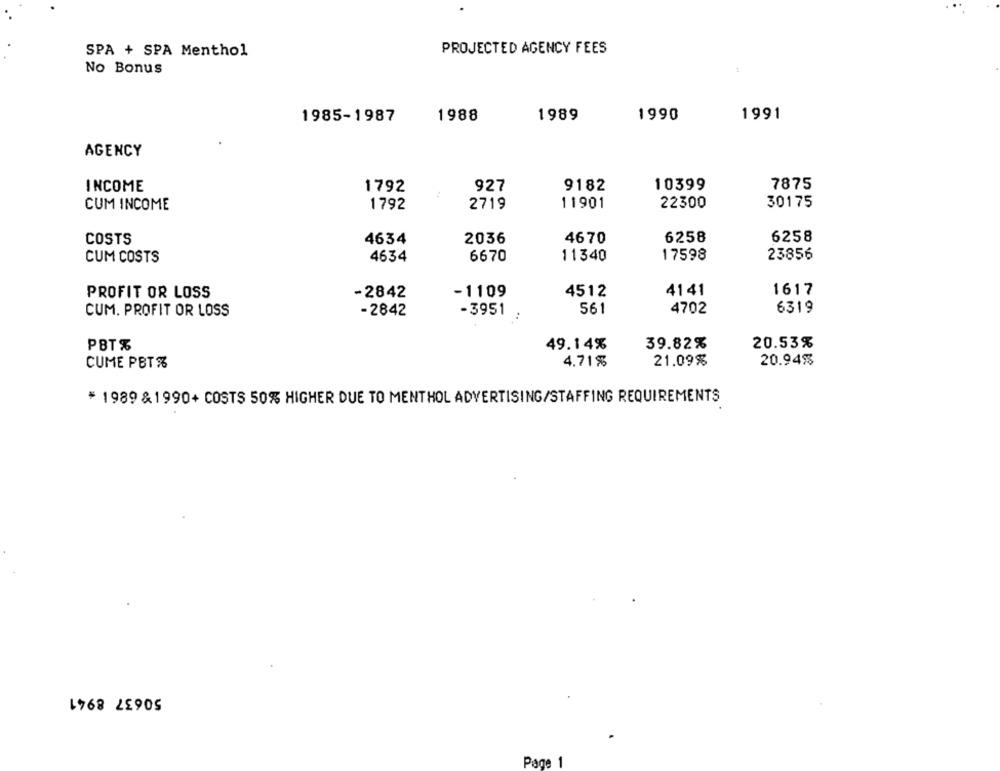
SPA + SPA Menthol
PROJECTED AGENCY FEES
No Bonus
1
1991
1985-1987
1988
1989
1990
AGENCY
10399
7875
INCOME
1792
927
9182
CUM INCOME
1792
2719
11901
22300
30175
COSTS
4634
2036
4670
6258
6258
CUM COSTS
4634
6670
11340
17598
23856
PROFIT OR LOSS
-1109
4512
4141
1617
-2842
6319
CUM. PROFIT OR LOSS
-2842
-3951
561
4702
PBT%
49.14%
39.82%
20.53%
4.71%
21.09%
20.94%
CUME PBT%
* 1989 & 1990+ COSTS 50% HIGHER DUE TO MENTHOL ADVERTISING/STAFFING REQUIREMENTS
50637 8941
Page